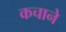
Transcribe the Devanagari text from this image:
कचाने